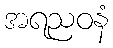
အရညဝနံ